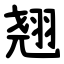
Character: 翘